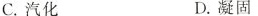
C. 汽化 D. 凝固